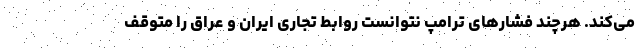
می‌کند. هرچند فشارهای ترامپ نتوانست روابط تجاری ایران و عراق را متوقف